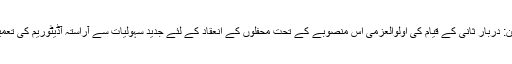
خانقاہ تاج العارفین: دربار ثانی کے قیام کی اولوالعزمی اس منصوبے کے تحت محفلوں کے انعقاد کے لئے جدید سہولیات سے آراستہ آڈیٹوریم کی تعمیر کی جائے گی۔